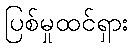
ပြစ်မှုထင်ရှား